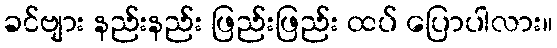
ခင်ဗျား နည်းနည်း ဖြည်းဖြည်း ထပ် ပြောပါလား။